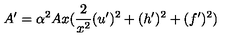
A ^ { \prime } = \alpha ^ { 2 } A x ( \frac { 2 } { x ^ { 2 } } ( u ^ { \prime } ) ^ { 2 } + ( h ^ { \prime } ) ^ { 2 } + ( f ^ { \prime } ) ^ { 2 } )